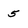
Character: 5